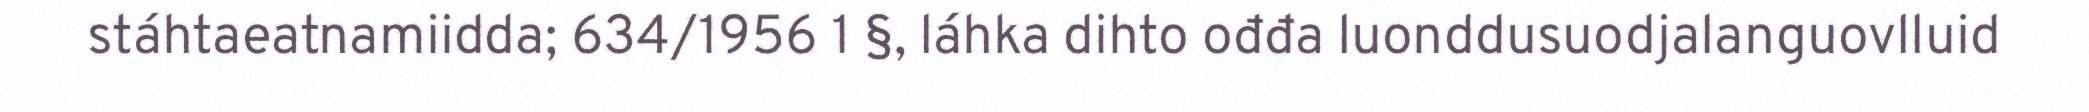
stáhtaeatnamiidda; 634/1956 1 §, láhka dihto ođđa luonddusuodjalanguovlluid